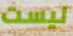
ليست